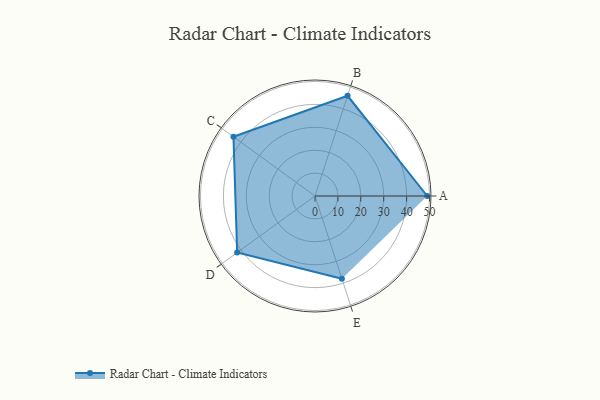
{"axis": {"x": "Skill", "y": "Score"}, "legend": ["Profile"], "data": [{"x": "A", "y": 49.0, "type": "Profile"}, {"x": "B", "y": 46.0, "type": "Profile"}, {"x": "C", "y": 44.0, "type": "Profile"}, {"x": "D", "y": 42.0, "type": "Profile"}, {"x": "E", "y": 38.0, "type": "Profile"}]}